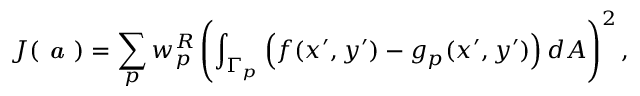
J ( \textbf { \em a } ) = \sum _ { p } w _ { p } ^ { R } \left( \int _ { \Gamma _ { p } } \left( f ( x ^ { \prime } , y ^ { \prime } ) - g _ { p } ( x ^ { \prime } , y ^ { \prime } ) \right) d A \right) ^ { 2 } ,